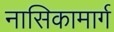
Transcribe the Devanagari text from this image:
नासिकामार्ग